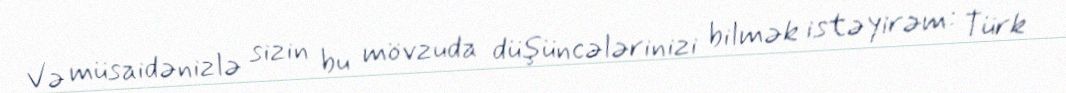
Və müsaidənizlə sizin bu mövzuda düşüncələrinizi bilmək istəyirəm: Türk